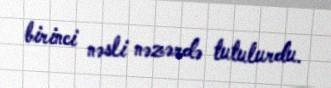
birinci nəsli nəzərdə tutulurdu.